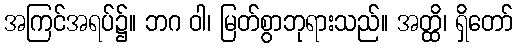
အကြင်အရပ်၌။ ဘဂ ဝါ၊ မြတ်စွာဘုရားသည်။ အတ္ထိ၊ ရှိတော်